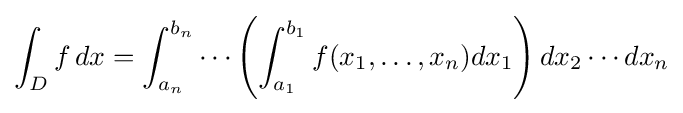
\int _{D}f\,dx=\int _{a_{n}}^{b_{n}}\cdots \left(\int _{a_{1}}^{b_{1}}f(x_{1},\dots ,x_{n})dx_{1}\right)dx_{2}\cdots dx_{n}